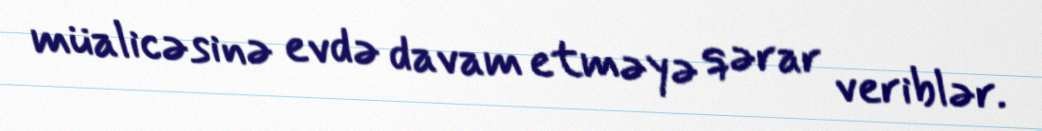
müalicəsinə evdə davam etməyə qərar veriblər.